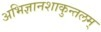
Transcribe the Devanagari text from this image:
अभिज्ञानशाकुन्तलम्‌